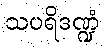
သပရိဒဏ္ဍံ